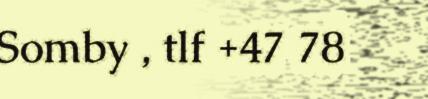
Somby , tlf +47 78